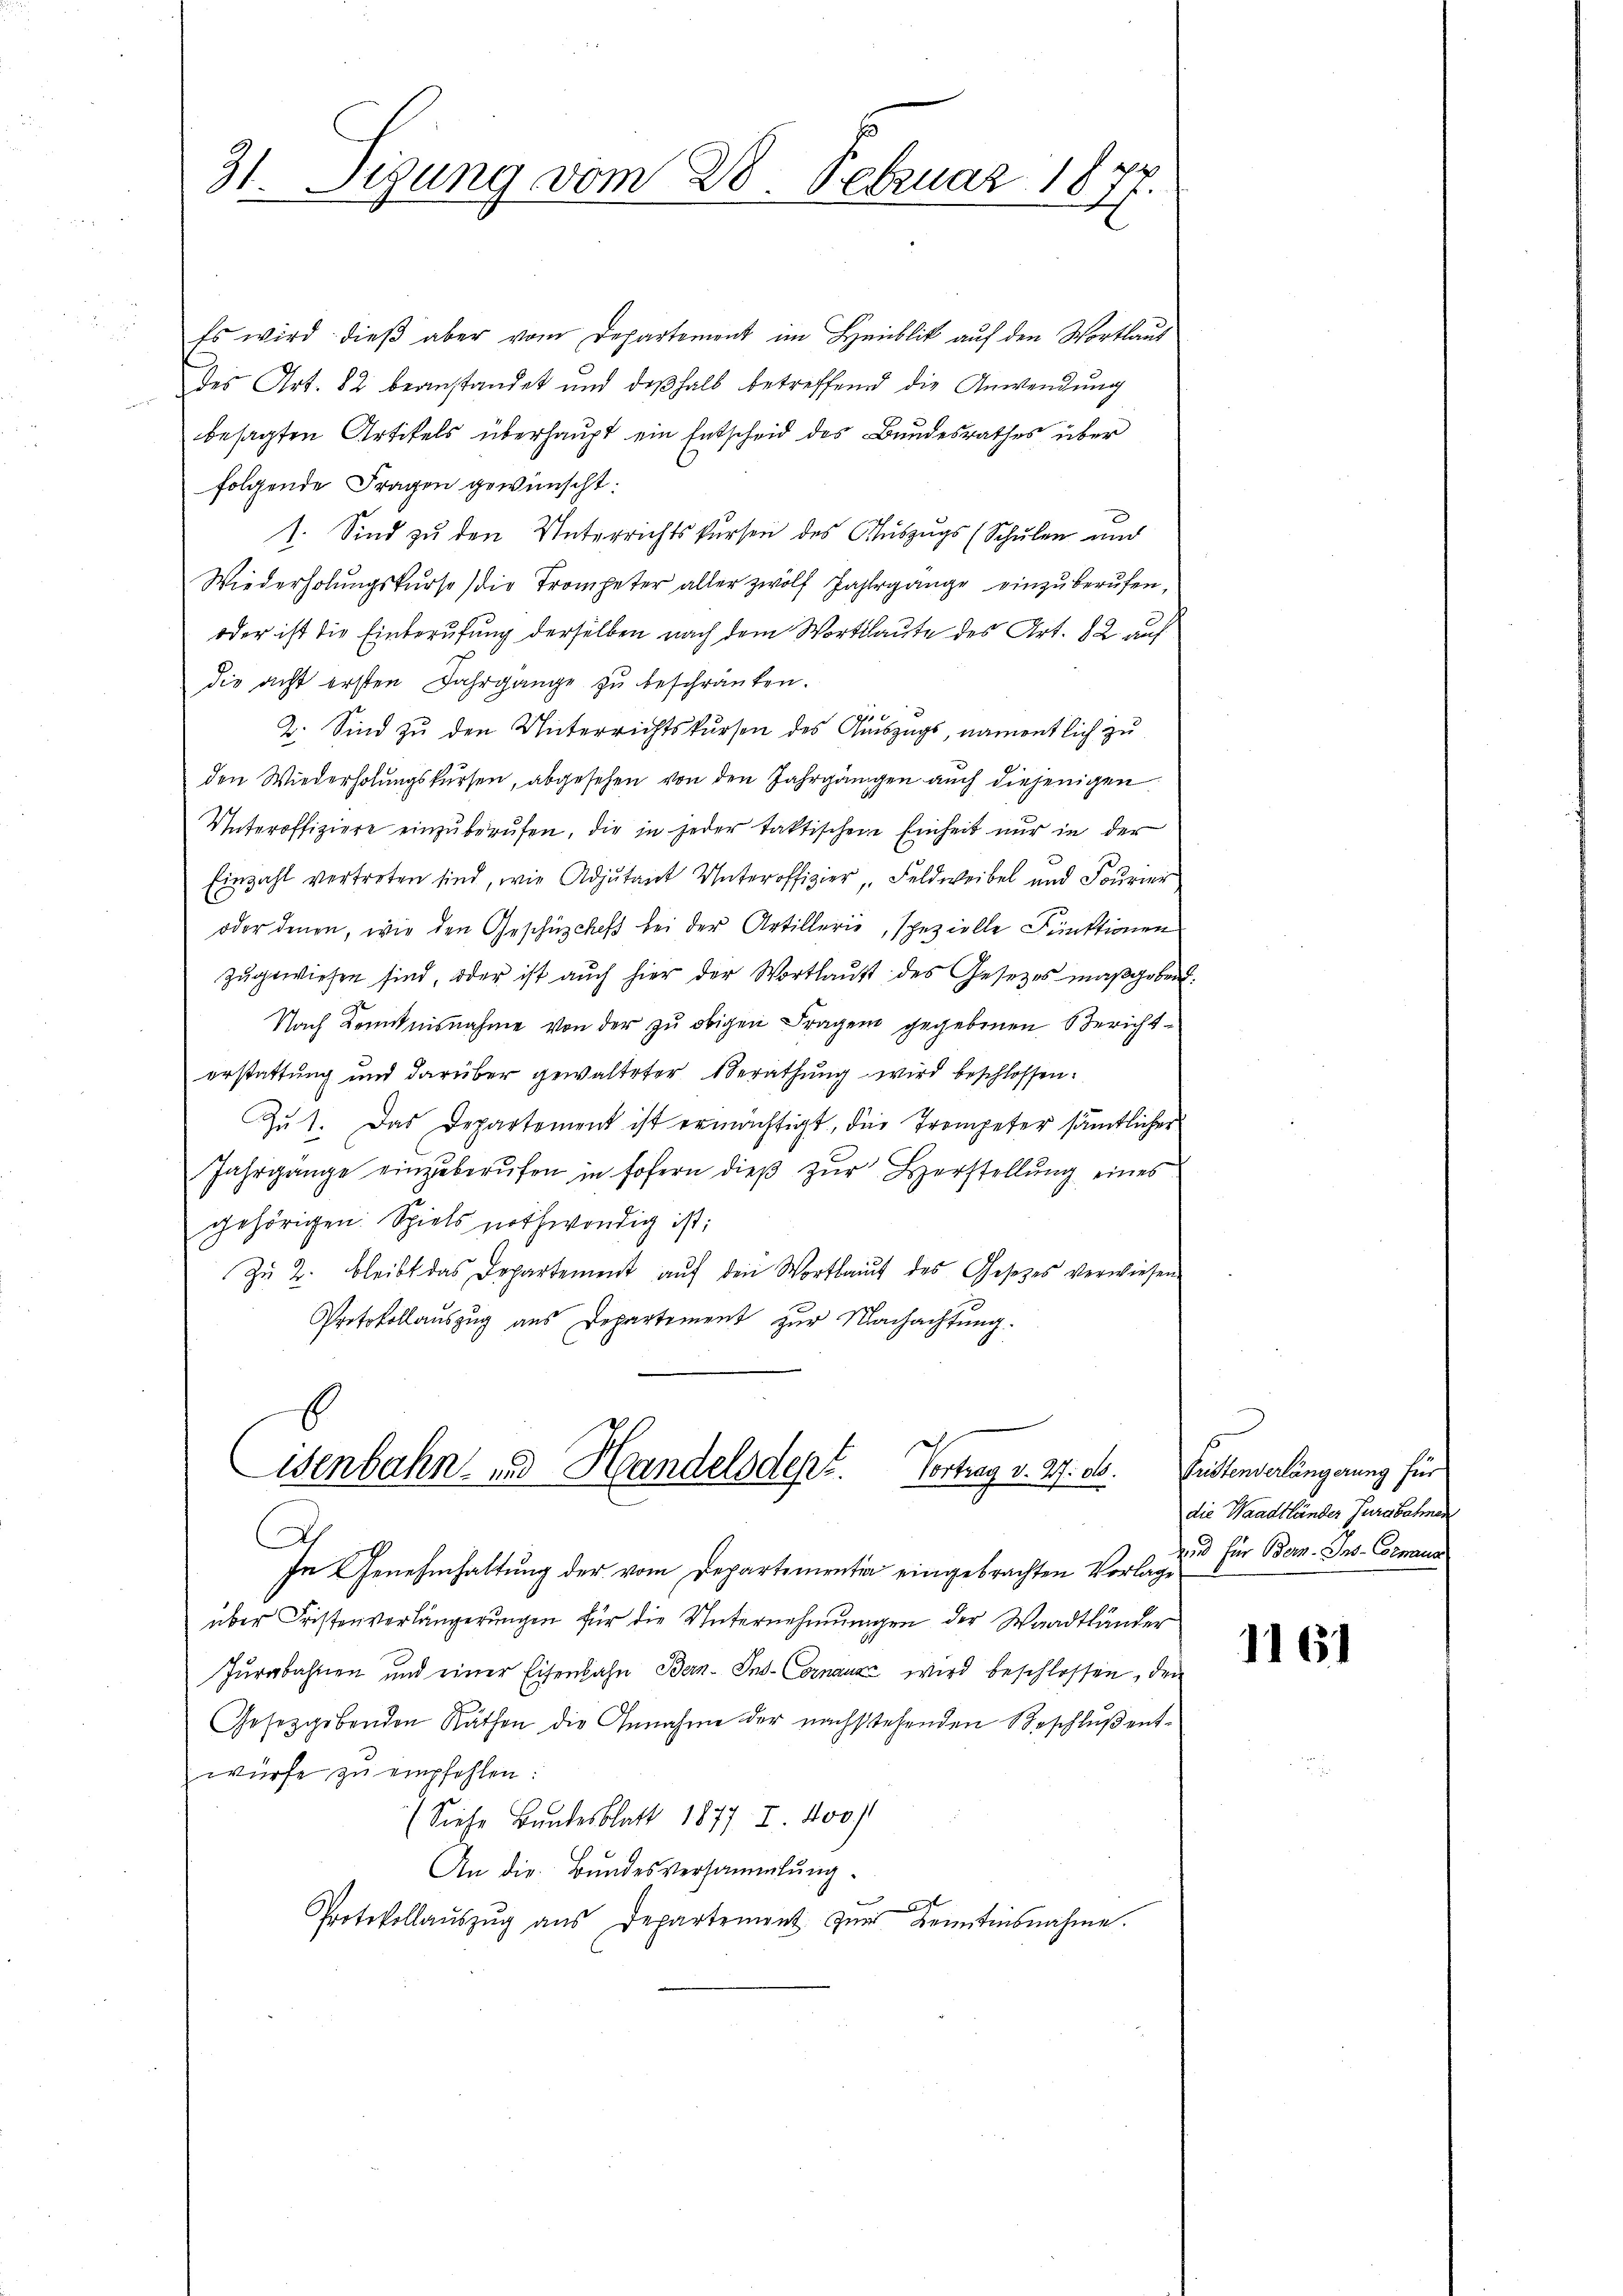
31. Sizung vom 28. Februar 1877.

Es wird dieβ aber vom Departement im Haublik aŭf den Wortlaut
des Art. 82 beanstandet und deβhalb betreffend die Anwendung
besagten Artikels überhaupt ein Entscheid des Bundesrathes über
folgende Fragen gewünscht:
1. Sind zu den Unterrichtskursen des Auszugs (Schulen und
Wiederholŭngskurse die Trompeter aller zwölf Jahrgange einzuberufen,
oder ist die Einberufung derselben nach dem Wortlaute des Art. 82 auf
die acht ersten Jahrgänge zu beschränken.
2. Sind zu den Unterrichtskursen des Auszugs, namentlich zu
den Wiederholungskursen, abgesehen von den Jahrgängen auch diejenigen
Unteroffiziere einzŭberŭfen, die in jeder taktischen Einheit nur in der
Einzahl vertreten sind, wie Adjutant Unteroffizier „Feldweibel und Fourier
oder denen, wie den Geschüzches bei der Artillerie, spezielle Funktionen
zŭgewiesen sind, oder ist aŭch hier der Wortlaut des Gesetzes maßgeben.
Nach Kenntnisnahme von der zu obigen Fragen gegebenen Berichterstattung und darüber gewalteter Berathung wird beschlossen:
Zu 1. Das Departement ist ermächtigt, die Trompeter sämtlicher
Jahrgänge einzŭberŭfen in fofern dieβ zŭr Herstellung eines
gehörigen. Spiels nothwendig ist:
Zŭ 2. bleibt das Departement aŭf den Wortlauf des Gesetzes verwiesen
Protokollauszug aus Departement zur Nachachtung.
b
isenbahn- und Handelsdept. Vortrag v. 27. d.
In Genehmhaltung der vom Departementia eingebrachten Vorben zu für Bern. Ins-Commun
über Fristenverlängerungen für die Unternehmungen der Waadtländer
Jurabahren und einer Eisenbahn Bern-Ins- Cornaux wird beschlossen, den
Gesetzgebenden Räthen die Annahme der nachstehenden Beschluß entwürfe zŭ empfehlen:
(Siehe Bandesblatt 1877. I. 400)
An die Bundesversammlung.
Protokollaŭszŭg aŭs Departement. Zŭr Kenntnisnahme.

Tristenverlängerung für
die Waadtländer Jurabahmen

1161